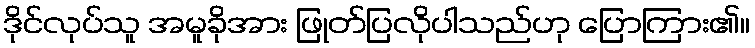
ဒိုင်လုပ်သူ အမူခိုအား ဖြုတ်ပြလိုပါသည်ဟု ပြောကြား၏။